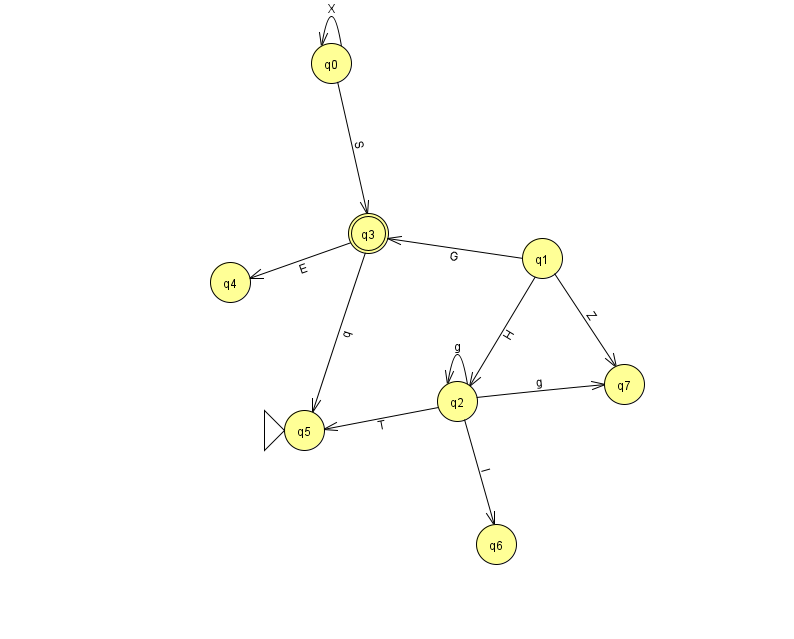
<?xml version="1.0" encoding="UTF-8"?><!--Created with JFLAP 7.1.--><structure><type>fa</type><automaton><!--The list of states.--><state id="0" name="q0"><x>331.0</x><y>50.0</y></state><state id="1" name="q1"><x>542.0</x><y>245.0</y></state><state id="2" name="q2"><x>457.0</x><y>388.0</y></state><state id="3" name="q3"><x>368.0</x><y>220.0</y><final/></state><state id="4" name="q4"><x>230.0</x><y>269.0</y></state><state id="5" name="q5"><x>304.0</x><y>417.0</y><initial/></state><state id="6" name="q6"><x>496.0</x><y>531.0</y></state><state id="7" name="q7"><x>624.0</x><y>371.0</y></state><!--The list of transitions.--><transition><from>2</from><to>7</to><read>g</read></transition><transition><from>2</from><to>6</to><read>l</read></transition><transition><from>3</from><to>5</to><read>q</read></transition><transition><from>2</from><to>2</to><read>g</read></transition><transition><from>0</from><to>0</to><read>X</read></transition><transition><from>3</from><to>4</to><read>E</read></transition><transition><from>0</from><to>3</to><read>S</read></transition><transition><from>1</from><to>2</to><read>H</read></transition><transition><from>2</from><to>5</to><read>T</read></transition><transition><from>1</from><to>3</to><read>G</read></transition><transition><from>1</from><to>7</to><read>Z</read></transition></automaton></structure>